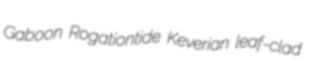
Gaboon Rogationtide Keverian leaf-clad